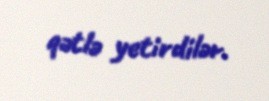
qətlə yetirdilər.